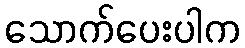
သောက်ပေးပါက